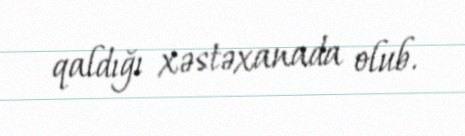
qaldığı xəstəxanada olub.